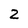
Character: 2